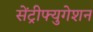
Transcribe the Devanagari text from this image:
सेंट्रीफ्युगेशन